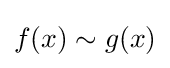
f(x)\sim g(x)